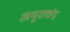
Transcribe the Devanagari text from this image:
अमृतचंद्र